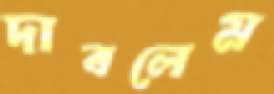
দাবলেম